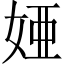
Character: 𫰫